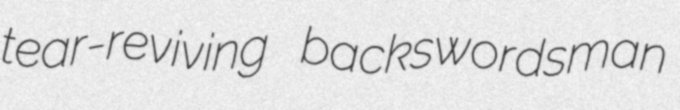
tear-reviving backswordsman